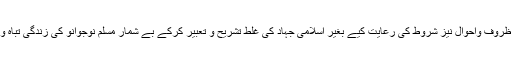
اور جس نے ظروف واحوال نیز شروط کی رعایت کیے بغیر اسلامی جہاد کی غلط تشریح و تعبیر کرکے بے شمار مسلم نوجوانو کی زندگی تباہ و برباد کردی۔